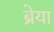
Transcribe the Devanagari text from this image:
ब्रेया